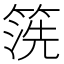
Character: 箲